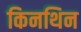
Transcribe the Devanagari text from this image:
किनथिन